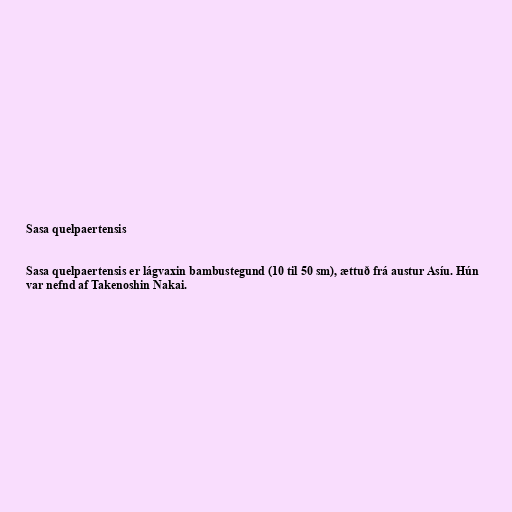
Sasa quelpaertensis

Sasa quelpaertensis er lágvaxin bambustegund (10 til 50 sm), ættuð frá austur Asíu. Hún
var nefnd af Takenoshin Nakai.